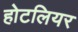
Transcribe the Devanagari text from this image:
होटलियर